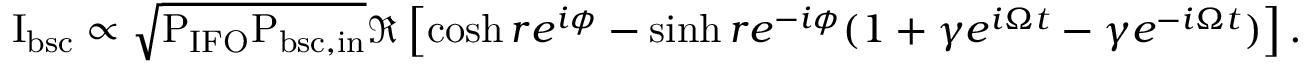
\mathrm { I _ { b s c } } \propto \sqrt { \mathrm { P _ { I F O } P _ { b s c , i n } } } \Re \left[ \cosh r e ^ { i \phi } - \sinh r e ^ { - i \phi } ( 1 + \gamma e ^ { i \Omega t } - \gamma e ^ { - i \Omega t } ) \right] .